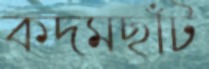
কদমছাঁট